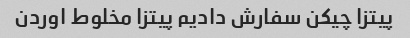
پیتزا چیکن سفارش دادیم پیتزا مخلوط اوردن